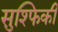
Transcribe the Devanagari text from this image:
सुश्फिकी